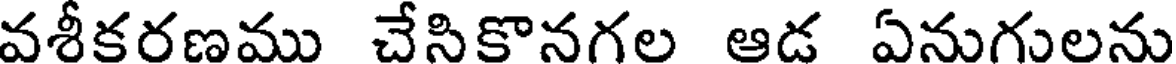
వశీకరణము చేసికొనగల ఆడ ఏనుగులను